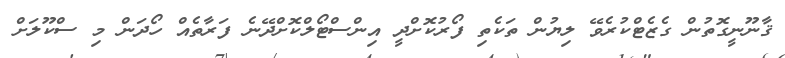
ޤާނޫނީގޮތުން ގެޒެޓްކުރެވޭ ލިޔުން ތަކެތި ފޯރުކޮށްދީ އިންސްޓޯލްކޮށްދޭނެ ފަރާތެއް ހޯދަން މި ސްކޫލަށް